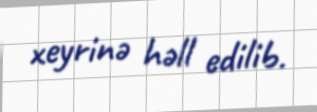
xeyrinə həll edilib.